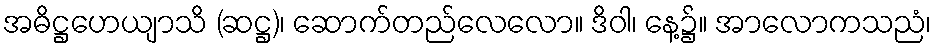
အဓိဋ္ဌဟေယျာသိ (ဆဋ္ဌ)၊ ဆောက်တည်လေလော။ ဒိဝါ၊ နေ့၌။ အာလောကသညံ၊